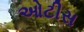
ઓટીસ